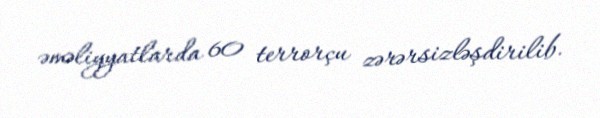
əməliyyatlarda 60 terrorçu zərərsizləşdirilib.